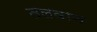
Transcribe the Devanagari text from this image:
तलवान